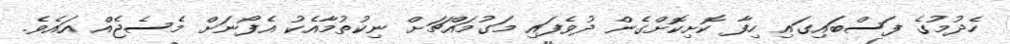
ހެދުމުގެ ފަސްބައިގައި ހިފާ ކޮށިކޮށްގެން ދުވެފައި މަގުމައްޗަށް ނިކުތުމާއެކު އެފޯނަށް މެސެޖެއް އައެވެ.